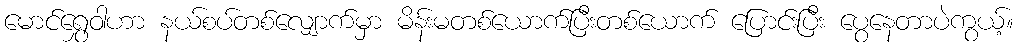
မောင်ရွှေဝါဟာ နယ်စပ်တစ်လျှောက်မှာ မိန်းမတစ်ယောက်ပြီးတစ်ယောက် ပြောင်းပြီး ပွေနေတာပဲကွယ့်။